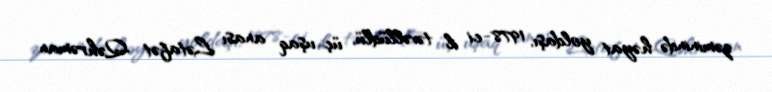
zəminində həyat yoldaşı, 1978-ci il təvəllüdlü, üç uşaq anası Lətafət Qəhrəman